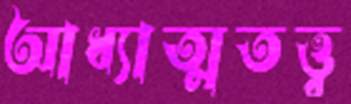
আধ্যাত্মতত্ত্ব